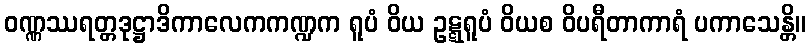
ဝဏ္ဏဿရတ္တဒုဋ္ဌာဒိကာလေကကဏ္ဍက ရူပံ ဝိယ ဥဋ္ဋရူပံ ဝိယစ ဝိပရီတာကာရံ ပကာသေန္တိ။